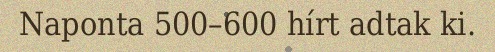
Naponta 500–600 hírt adtak ki.